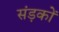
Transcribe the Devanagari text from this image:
संड़कों